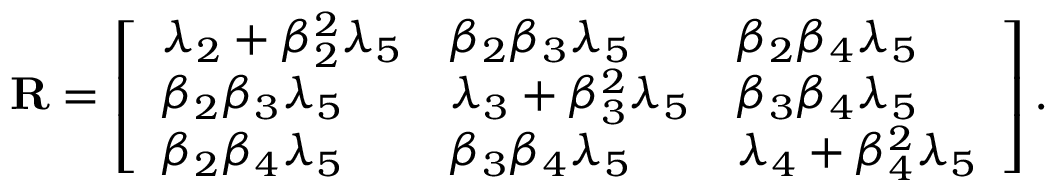
\mathbf { R } = \left[ \begin{array} { l l l } { \lambda _ { 2 } + \beta _ { 2 } ^ { 2 } \lambda _ { 5 } } & { \beta _ { 2 } \beta _ { 3 } \lambda _ { 5 } } & { \beta _ { 2 } \beta _ { 4 } \lambda _ { 5 } } \\ { \beta _ { 2 } \beta _ { 3 } \lambda _ { 5 } } & { \lambda _ { 3 } + \beta _ { 3 } ^ { 2 } \lambda _ { 5 } } & { \beta _ { 3 } \beta _ { 4 } \lambda _ { 5 } } \\ { \beta _ { 2 } \beta _ { 4 } \lambda _ { 5 } } & { \beta _ { 3 } \beta _ { 4 } \lambda _ { 5 } } & { \lambda _ { 4 } + \beta _ { 4 } ^ { 2 } \lambda _ { 5 } } \end{array} \right] .